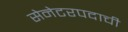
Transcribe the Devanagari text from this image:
सेनेटरपदाची